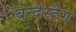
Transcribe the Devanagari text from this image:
बन्देस्टैग